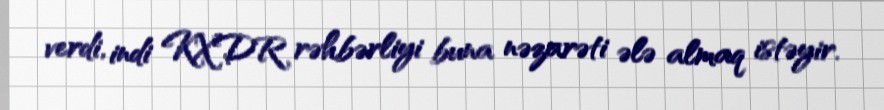
verdi, indi KXDR rəhbərliyi buna nəzarəti ələ almaq istəyir.